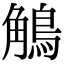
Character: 鵤